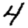
Digit: 4